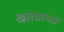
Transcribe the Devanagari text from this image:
खारघरमध्ये